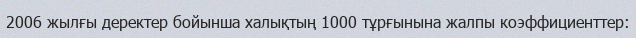
2006 жылғы деректер бойынша халықтың 1000 тұрғынына жалпы коэффициенттер: